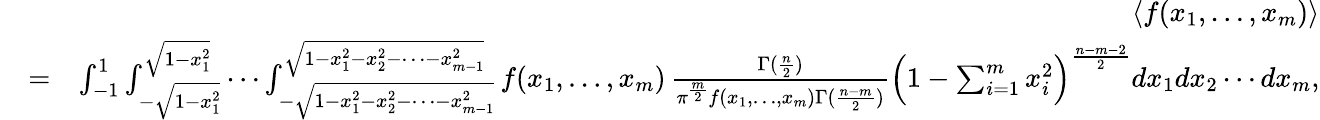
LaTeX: \begin{array}{rlr}&{}&{\langle f(x_{1},\ldots,x_{m})\rangle}\\ &{=}&{\int_{-1}^{1}\int_{-\sqrt{1-x_{1}^{2}}}^{\sqrt{1-x_{1}^{2}}}\cdots\int_{-\sqrt{1-x_{1}^{2}-x_{2}^{2}-\cdots-x_{m-1}^{2}}}^{\sqrt{1-x_{1}^{2}-x_{2}^{2}-\cdots-x_{m-1}^{2}}}f(x_{1},\ldots,x_{m})\, \frac{\Gamma(\frac{n}{2})}{\pi^{\frac{m}{2}}f(x_{1},\ldots,x_{m})\Gamma(\frac{n-m}{2})}\Bigl(1-\sum_{i=1}^{m}x_{i}^{2}\Bigr)^{\frac{n-m-2}{2}}dx_{1}dx_{2}\cdots dx_{m},}\end{array}